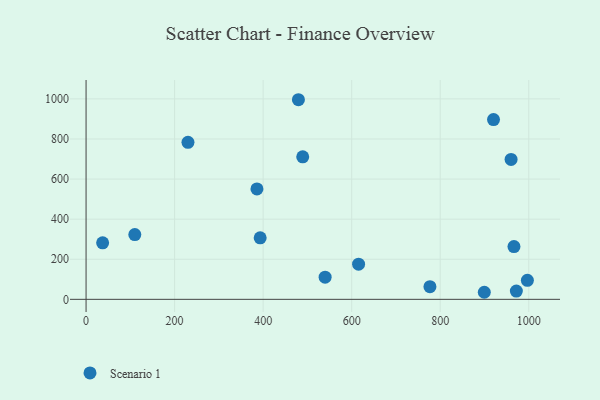
{"axis": {"x": "Investment", "y": "Profit"}, "legend": ["Scenario 1"], "data": [{"x": "966.6", "y": 263.4, "type": "Scenario 1"}, {"x": "972.0", "y": 41.1, "type": "Scenario 1"}, {"x": "899.6", "y": 35.2, "type": "Scenario 1"}, {"x": "386.0", "y": 550.7, "type": "Scenario 1"}, {"x": "479.7", "y": 995.9, "type": "Scenario 1"}, {"x": "615.6", "y": 175.5, "type": "Scenario 1"}, {"x": "960.1", "y": 697.8, "type": "Scenario 1"}, {"x": "37.4", "y": 281.7, "type": "Scenario 1"}, {"x": "920.4", "y": 897.1, "type": "Scenario 1"}, {"x": "230.2", "y": 783.3, "type": "Scenario 1"}, {"x": "393.3", "y": 306.8, "type": "Scenario 1"}, {"x": "776.8", "y": 63.1, "type": "Scenario 1"}, {"x": "540.0", "y": 110.7, "type": "Scenario 1"}, {"x": "489.4", "y": 710.9, "type": "Scenario 1"}, {"x": "110.1", "y": 323.3, "type": "Scenario 1"}, {"x": "996.9", "y": 94.9, "type": "Scenario 1"}]}